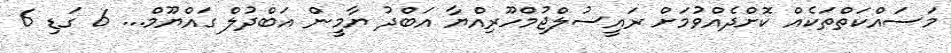
މަސައްކަތްތަކެއް ކޮށްދެއްވުމަށް ރައީސުލްޖުމްހޫރިއްޔާ އަބްދު ޔާމީން އަބްދުލް ގައްޔޫމް... 6 ގަޑި 6